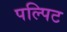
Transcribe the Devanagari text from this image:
पल्पिट